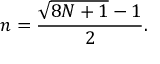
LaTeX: n = { \frac { { \sqrt { 8 N + 1 } } - 1 } { 2 } } .